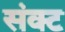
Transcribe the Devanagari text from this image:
संक्ट